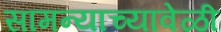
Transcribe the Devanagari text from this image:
सामन्याच्यावेळी